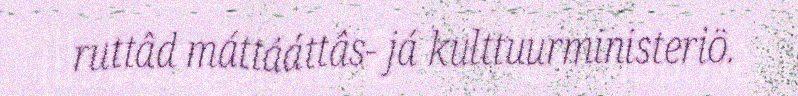
ruttâd máttááttâs- já kulttuurministeriö.